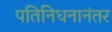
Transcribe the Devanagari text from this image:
पतिनिधनानंतर